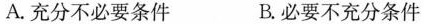
A.充分不必要条件 B.必要不充分条件